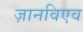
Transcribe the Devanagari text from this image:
ज़ानविएव